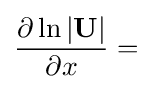
{\frac {\partial \ln |\mathbf {U} |}{\partial x}}=